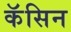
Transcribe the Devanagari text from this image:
कॅसिन